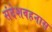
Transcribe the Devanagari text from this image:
संदेशवहनास